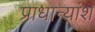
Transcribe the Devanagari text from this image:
प्राधान्यांश